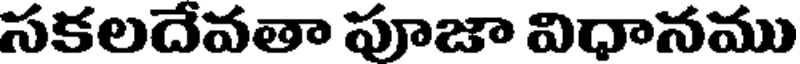
సకలదేవతా పూజా విధానము